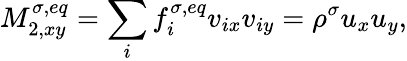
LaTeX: M_{2,xy}^{\sigma,eq}=\sum_{i}f_{i}^{\sigma,eq}v_{ix}v_{iy}=\rho^{\sigma}u_{x}u_{y},